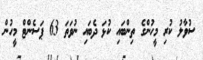
ސުވާލު ކުރި މީހުންގެ ތިންބައި ކުޅަ ދެބައި ނުވަތަ 63 ޕަސެންޓް މީހުން